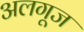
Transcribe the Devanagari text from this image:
अलगूज